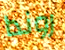
روندا